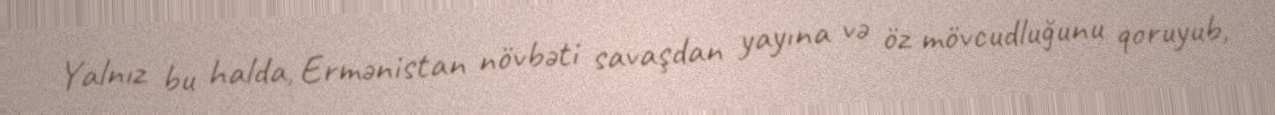
Yalnız bu halda, Ermənistan növbəti savaşdan yayına və öz mövcudluğunu qoruyub,